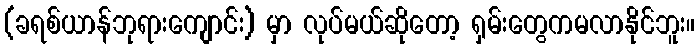
(ခရစ်ယာန်ဘုရားကျောင်း) မှာ လုပ်မယ်ဆိုတော့ ရှမ်းတွေကမလာနိုင်ဘူး။